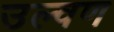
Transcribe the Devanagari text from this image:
उल्वण